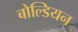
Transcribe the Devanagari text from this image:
बोल्डियन